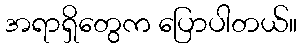
အရာရှိတွေက ပြောပါတယ်။